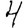
Digit: 4